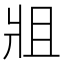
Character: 𤕲